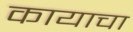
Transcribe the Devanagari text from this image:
कायाचा